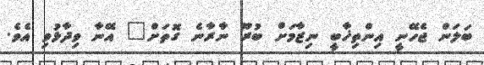
ބަލަން ޖެހޭނީ އިންތިޚާބީ ނިޒާމަށް ބުރޫ ނާރާނެ ގޮތަށް" އޭނާ ވިދާޅުވި އެވެ.